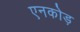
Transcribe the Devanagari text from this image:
एनकोड़